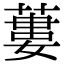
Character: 蔞